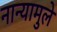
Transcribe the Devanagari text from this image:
नान्यामुले